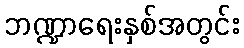
ဘဏ္ဍာရေးနှစ်အတွင်း